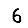
Digit: 6